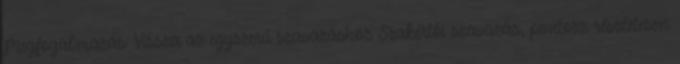
Megfogalmazás: Vissza az egyszerű szavazáshoz Szakértői szavazás, pontozz részletesen